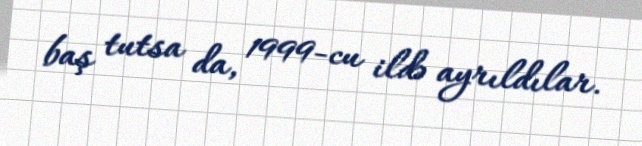
baş tutsa da, 1999-cu ildə ayrıldılar.